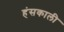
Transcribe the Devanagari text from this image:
हंसकाली